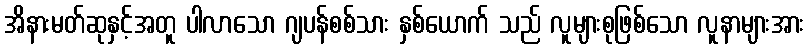
အိနားမတ်ဆုနှင့်အတူ ပါလာသော ဂျပန်စစ်သား နှစ်ယောက် သည် လူများစုဖြစ်သော လူနာများအား